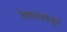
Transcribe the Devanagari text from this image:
देवधरांकडून